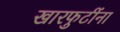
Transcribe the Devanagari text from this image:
खारफुटींना